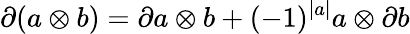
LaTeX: \partial(a\otimes b)=\partial a\otimes b+(-1)^{\left|a\right|}a\otimes\partial b